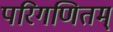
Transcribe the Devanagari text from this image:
परिगणितम्